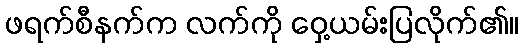
ဖရက်စီနက်က လက်ကို ဝှေ့ယမ်းပြလိုက်၏။